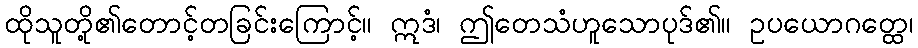
ထိုသူတို့၏တောင့်တခြင်းကြောင့်။ ဣဒံ၊ ဤတေသံဟူသောပုဒ်၏။ ဥပယောဂတ္ထေ၊